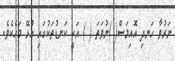
ނަރުވާ ހަނދި އޮއިމަސް( )ނުވަތަ ( ) އަކީ ކަނޑުތަކުގައި އުޅޭ މަހެކެވެ.